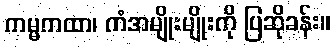
ကမ္မကထာ၊ ကံအမျိုးမျိုးကို ပြဆိုခန်း။